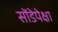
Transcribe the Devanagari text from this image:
सोंडेपेक्षा